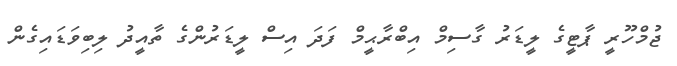
ޖުމްހޫރީ ޕާޓީގެ ލީޑަރު ގާސިމް އިބްރާޙީމް ފަދަ އިސް ލީޑަރުންގެ ތާއީދު ލިބިވަޑައިގެން